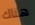
هناك